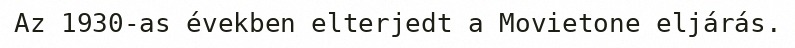
Az 1930-as években elterjedt a Movietone eljárás.